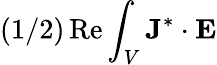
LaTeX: (1/2)\operatorname{Re}\int_{V}\mathbf{J}^{*}\cdot\mathbf{E}